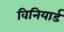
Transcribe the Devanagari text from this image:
विनियार्ड